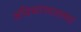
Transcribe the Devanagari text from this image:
अग्निबाणातल्या